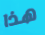
هذا